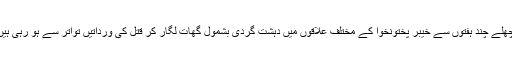
پچھلے چند ہفتوں سے خیبر پختونخوا کے مختلف علاقوں میں دہشت گردی بشمول گھات لگار کر قتل کی ورداتیں تواتر سے ہو رہی ہیں۔